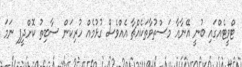
ޓްވީޓެއްގައި ބުނީ އޭނާއާ މަސްތުވާތަކެއްޗާ އެއްވެސް ގުޅުމެއް ހުރިކަން ސާބިތު ކޮށްދީފި ނަމަ